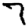
Digit: 7